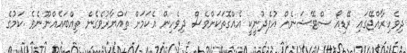
ދިވެހިރާއްޖޭގައި ރޭޑިއޯ ސްޓޭޝަނެއް އުފެދުނީކީ އެއްގޮތަކަށްވެސް ދިވެހިން އެކަމަށް ތައްޔާރުވެގެން ތިއްބައެއްނޫނެވެ .ކަމުގެ